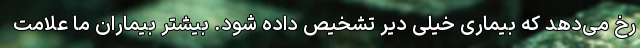
رخ می‌دهد که بیماری خیلی دیر تشخیص داده شود. بیشتر بیماران ما علامت